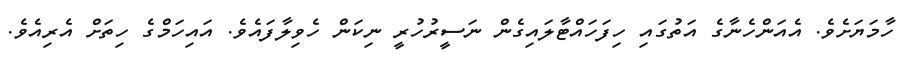
ހާމަޔަށެވެ. އެއަންހެނާގެ އަތުގައި ހިފަހައްޓާލައިގެން ނަސީރުހުރީ ނިކަން ހެވިލާފައެވެ. އައިހަމްގެ ހިތަށް އެރިއެވެ.